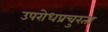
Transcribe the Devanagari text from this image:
उपरोधप्रचुरता